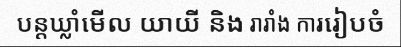
បន្តឃ្លាំមើល យាយី និង រារាំង ការរៀបចំ